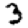
Digit: 3